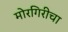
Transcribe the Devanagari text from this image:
मोरगिरीचा